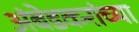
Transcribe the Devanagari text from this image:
अंबेडकरांच्या